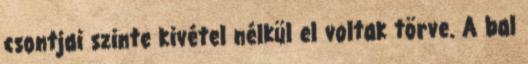
csontjai szinte kivétel nélkül el voltak törve. A bal